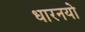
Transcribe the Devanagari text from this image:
धारनयो